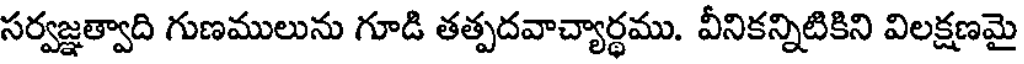
సర్వజ్ఞత్వాది గుణములును గూడి తత్పదవాచ్యార్థము. వీనికన్నిటికిని విలక్షణమై